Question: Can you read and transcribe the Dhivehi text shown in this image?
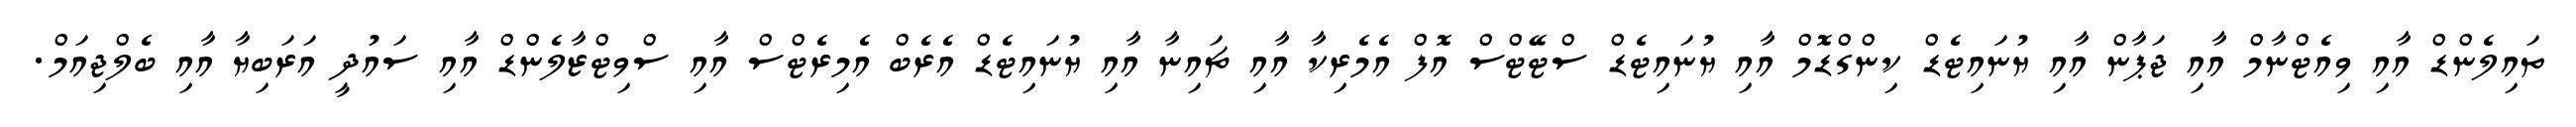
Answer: ތައިލެންޑް އާއި ވިއެޓްނާމް އާއި ޖަޕާން އާއި ޔުނައިޓެޑް ކިންގްޑޮމް އާއި ޔުނައިޓެޑް ސްޓޭޓްސް އޮފް އެމެރިކާ އާއި ޗައިނާ އާއި ޔުނައިޓެޑް އެރެބް އެމިރެޓްސް އާއި ސްވިޓްޒާލެންޑް އާއި ސައުދީ އަރަބިޔާ އާއި ބެލްޖިއަމް.